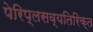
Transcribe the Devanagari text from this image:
पेरिप्लसव्यतिरिक्त